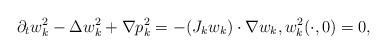
LaTeX: \begin{align*}\partial_tw_k^2-\Delta w_k^2+\nabla p_k^2=-(J_kw_k)\cdot\nabla w_k, w_k^2(\cdot,0)=0,\end{align*}